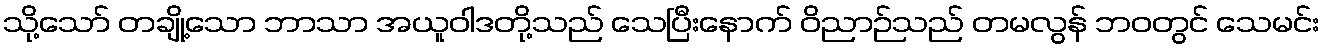
သို့သော် တချို့သော ဘာသာ အယူဝါဒတို့သည် သေပြီးနောက် ဝိညာဉ်သည် တမလွန် ဘဝတွင် သေမင်း